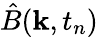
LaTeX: \hat{B}(\mathbf{k},t_{n})